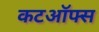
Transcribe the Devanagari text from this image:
कटऑफ्स